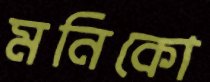
মনিকো